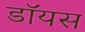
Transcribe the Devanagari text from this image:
डॉयस